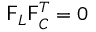
\mathsf { F } _ { L } \mathsf { F } _ { C } ^ { T } = 0